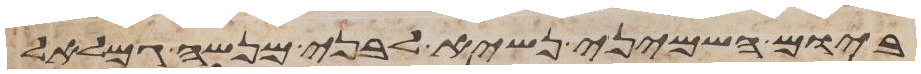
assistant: ביום השמיני נשיא לבני מנשה גמלאל